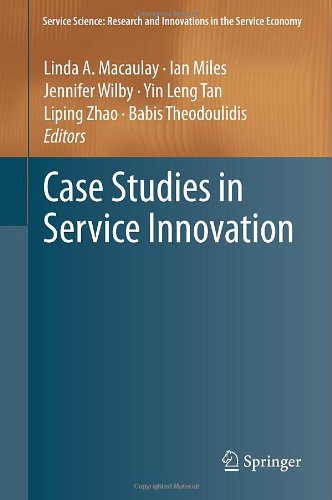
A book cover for Case Studies in Service Innovation (Service Science: Research and Innovations in the Service Economy); Business & Money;